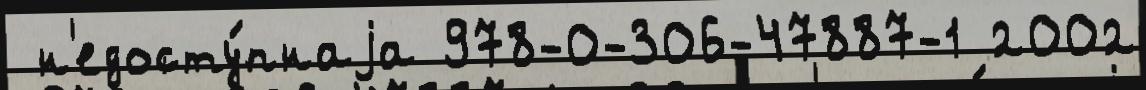
 н'едосту́пнаjа 978-0-306-47887-1 2002